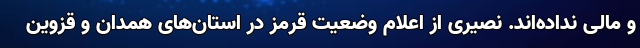
و مالی نداده‌اند. نصیری از اعلام وضعیت قرمز در استان‌های همدان و قزوین